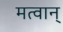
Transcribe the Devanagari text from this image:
मत्वान्